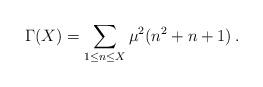
LaTeX: \begin{align*}\Gamma(X)=\sum\limits_{1\leq n\leq X}\mu^2(n^2+n+1)\,.\end{align*}